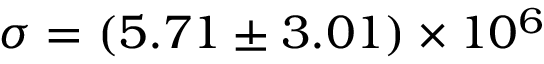
\sigma = ( 5 . 7 1 \pm 3 . 0 1 ) \times 1 0 ^ { 6 }